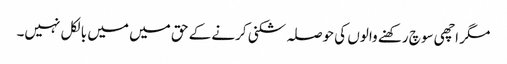
مگر اچھی سوچ رکھنے والوں کی حوصلہ شکنی کرنے کے حق میں میں بالکل نہیں۔